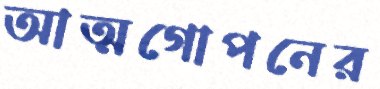
আত্মগোপনের